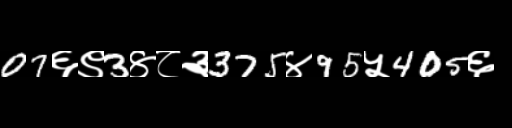
Text: 07६९3४८३375४95५405६